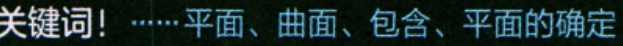
关键词！……平面、曲面、包含、平面的确定